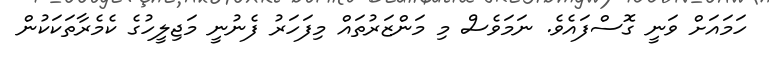
ހަމައަށް ވަނީ ގޮސްފައެވެ. ނަމަވެސް މި މަންޒަރުތައް މިފަހަރު ފެނުނީ މަޖިލީހުގެ ކެމެރާތަކަކުން